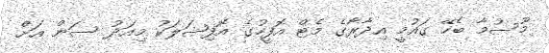
މޫސުމާ ބެހޭ ގައުމީ އިދާރާގެ މެޓް އޮފީހުގެ އޮފިޝަލަކު މިއަދު ސަން އަށް